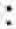
: